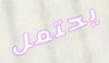
يحتمل